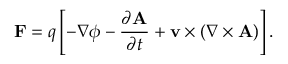
\mathbf { F } = q \left[ - \nabla \phi - { \frac { \partial \mathbf { A } } { \partial t } } + \mathbf { v } \times ( \nabla \times \mathbf { A } ) \right] .